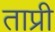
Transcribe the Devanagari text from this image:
ताप्री